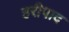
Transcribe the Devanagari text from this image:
हरीपाद